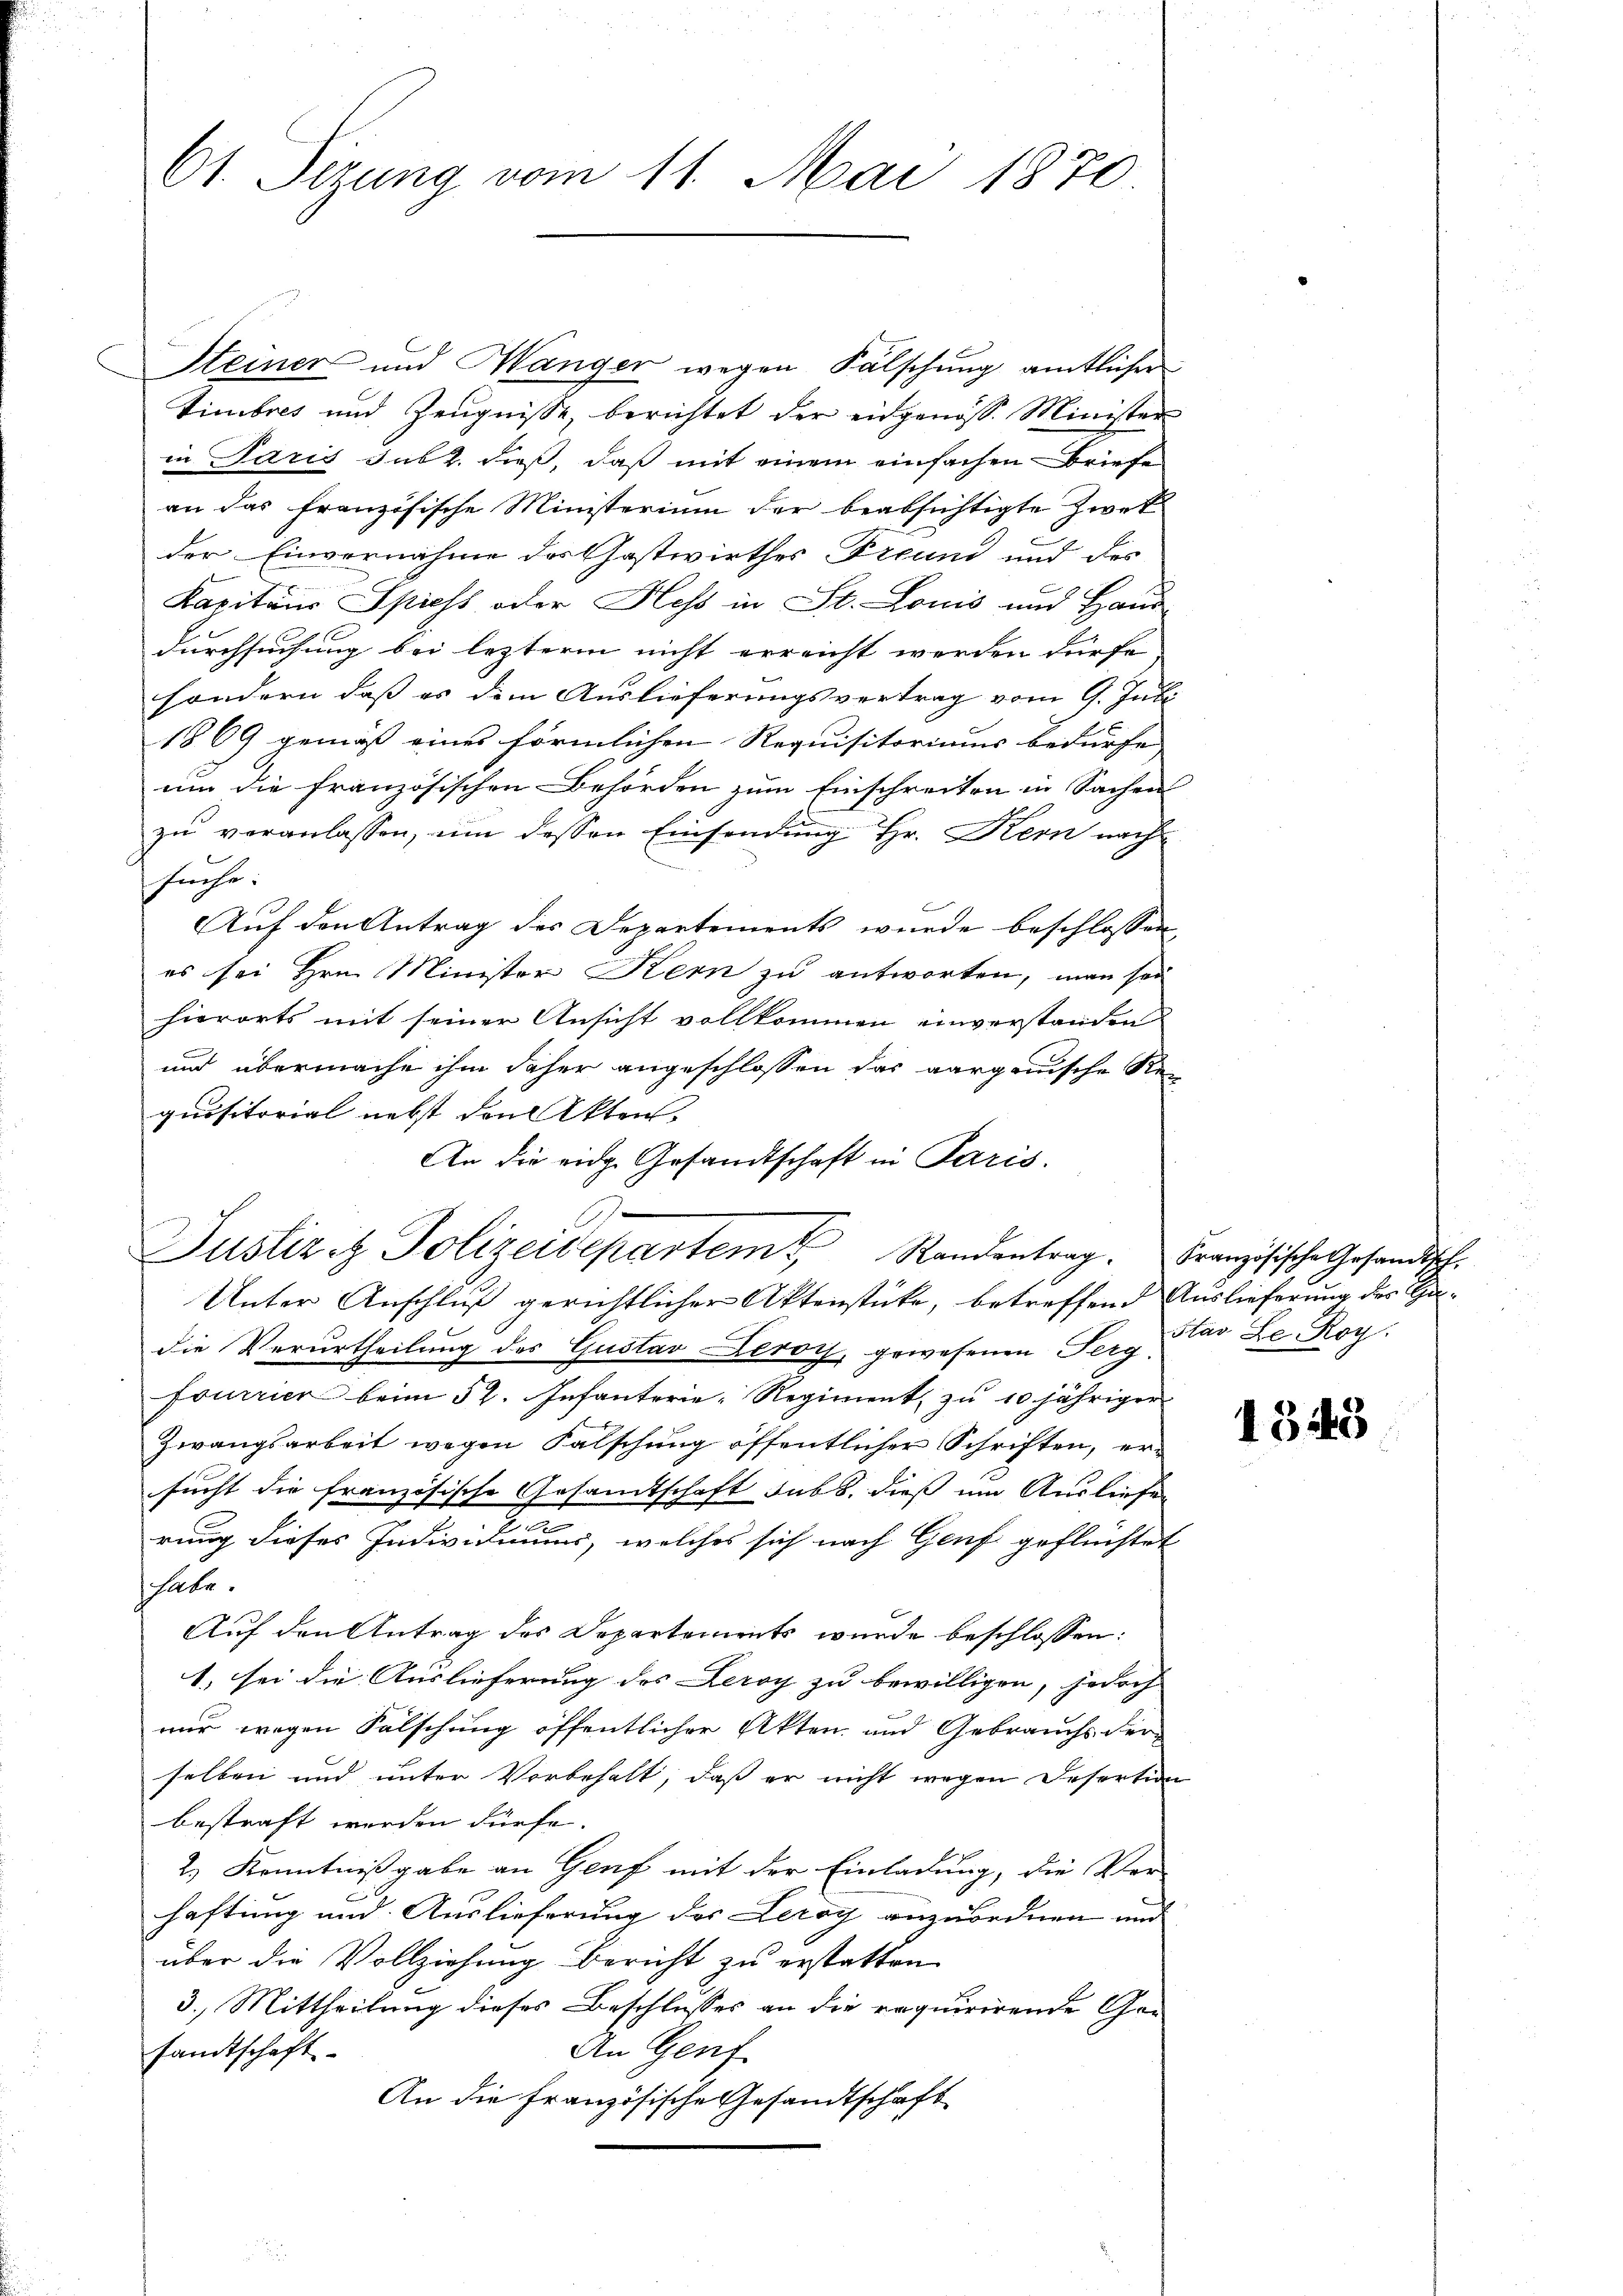
61. Dezung vom 11. Mai 1870.

Steiner und Wanger wegen Fälschung amtlicher
timbres und Zeŭgnisse, berichtet der eidgenöss. Minister
in Paris sub 2. dieß, daß mit einem einfachen Briefe
an das französische Ministerium der beabsichtigte Zwek
der Einvernahme des Gastwirthes Freund und des
Kapitaus Spicht oder Hess in St. Louis und Haus
durchsuchung bei lezterm nicht erreicht werden dürfe
sondern daß es dem Auslieferungsvertrag vom 9. Juli
1869 gemäß eines förmlichen Requisitoriums bedürfe. |
um die französischen Behörden zum Einschreiten in Sachen
zu veranlassen, um dessen Einsendung Hr. Kern nach
suche:
Auf den Antrag des Departements wurde beschlossen,
es sei Hrn. Minister Kern zu antworten, man sei
hierorts mit seiner Ansicht vollkommen einverstanden
und übermache ihm daher angeschlossen das aargauische Re-
quisitorial nebst den Akten,
An die eidg. Gesandtschaft in Paris.
Justiz & Polizeidepartem Randentrag.
Unter Anschluß gerichtlicher Aktenstücke, betreffend Auslieferung der Gedie Verurtheilung des Gustav Leroy, gewesenen Serg das Le. Roy:
Fourrier beim 52. Infanterie-Regiment, zu 10 jähriger
Zwangsarbeit wegen Falschung öffentlicher Schriften, ersucht die französische Gesamtschaft sub b. dieß um Ausliefen
c
rung dieses Individuums, welches sich nach Genf geflüchtet
habe.
Auf den Antrag des Departements wurde beschlossen:
1) sei die Auslieferung des Leroy zu bewilligen, jedoch
nur wegen Fälschung öffentlicher Akten und Gebrauchs der
selben und unter Vorbehalt, daß er nicht wegen Desertion
bestraft werden dürfe.
2.) Kenntnißgabe an Genf mit der Einladung, die Ver-
haftung und Auslieferung des Leroy anzuordnen und
über die Vollziehung Bericht zu erstatten
3. Mittheilung dieses Beschlusses an die requirirende Gesamtschaft
An Genf
An die Französische Gesandtschaft

Französische Gesandtsch.

1348